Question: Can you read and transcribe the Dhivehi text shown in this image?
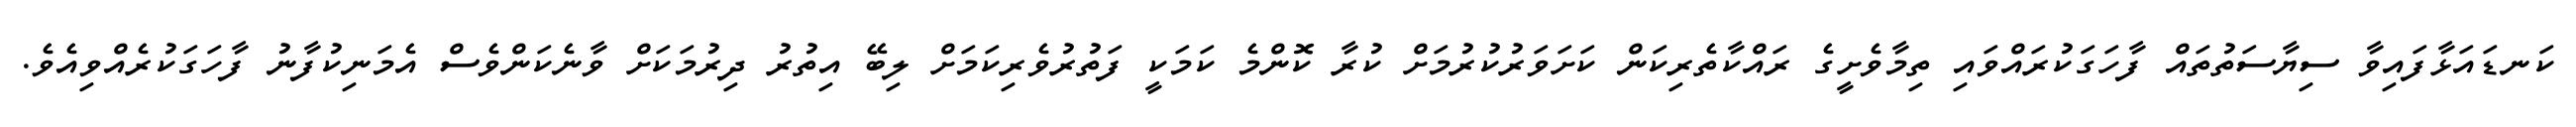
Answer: ކަނޑައަޅާފައިވާ ސިޔާސަތުތައް ފާހަގަކުރައްވައި ތިމާވެށީގެ ރައްކާތެރިކަން ކަށަވަރުކުރުމަށް ކުރާ ކޮންމެ ކަމަކީ ފަތުރުވެރިކަމަށް ލިބޭ އިތުރު ދިރުމަކަށް ވާނެކަންވެސް އެމަނިކުފާނު ފާހަގަކުރެއްވިއެވެ.